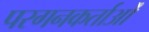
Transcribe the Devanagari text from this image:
परगनकर्ताओं